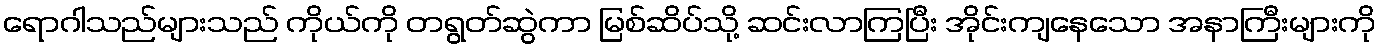
ရောဂါသည်များသည် ကိုယ်ကို တရွတ်ဆွဲကာ မြစ်ဆိပ်သို့ ဆင်းလာကြပြီး အိုင်းကျနေသော အနာကြီးများကို